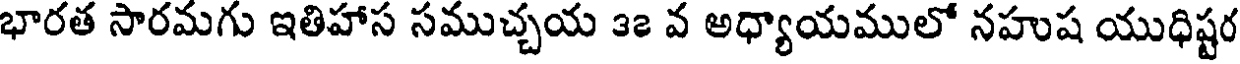
భారత సారమగు ఇతిహాస సముచ్చయ ౩౭ వ అధ్యాయములో నహుష యుధిష్టర